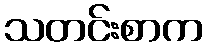
သတင်းစာက